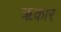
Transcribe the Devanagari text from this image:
ॠकार